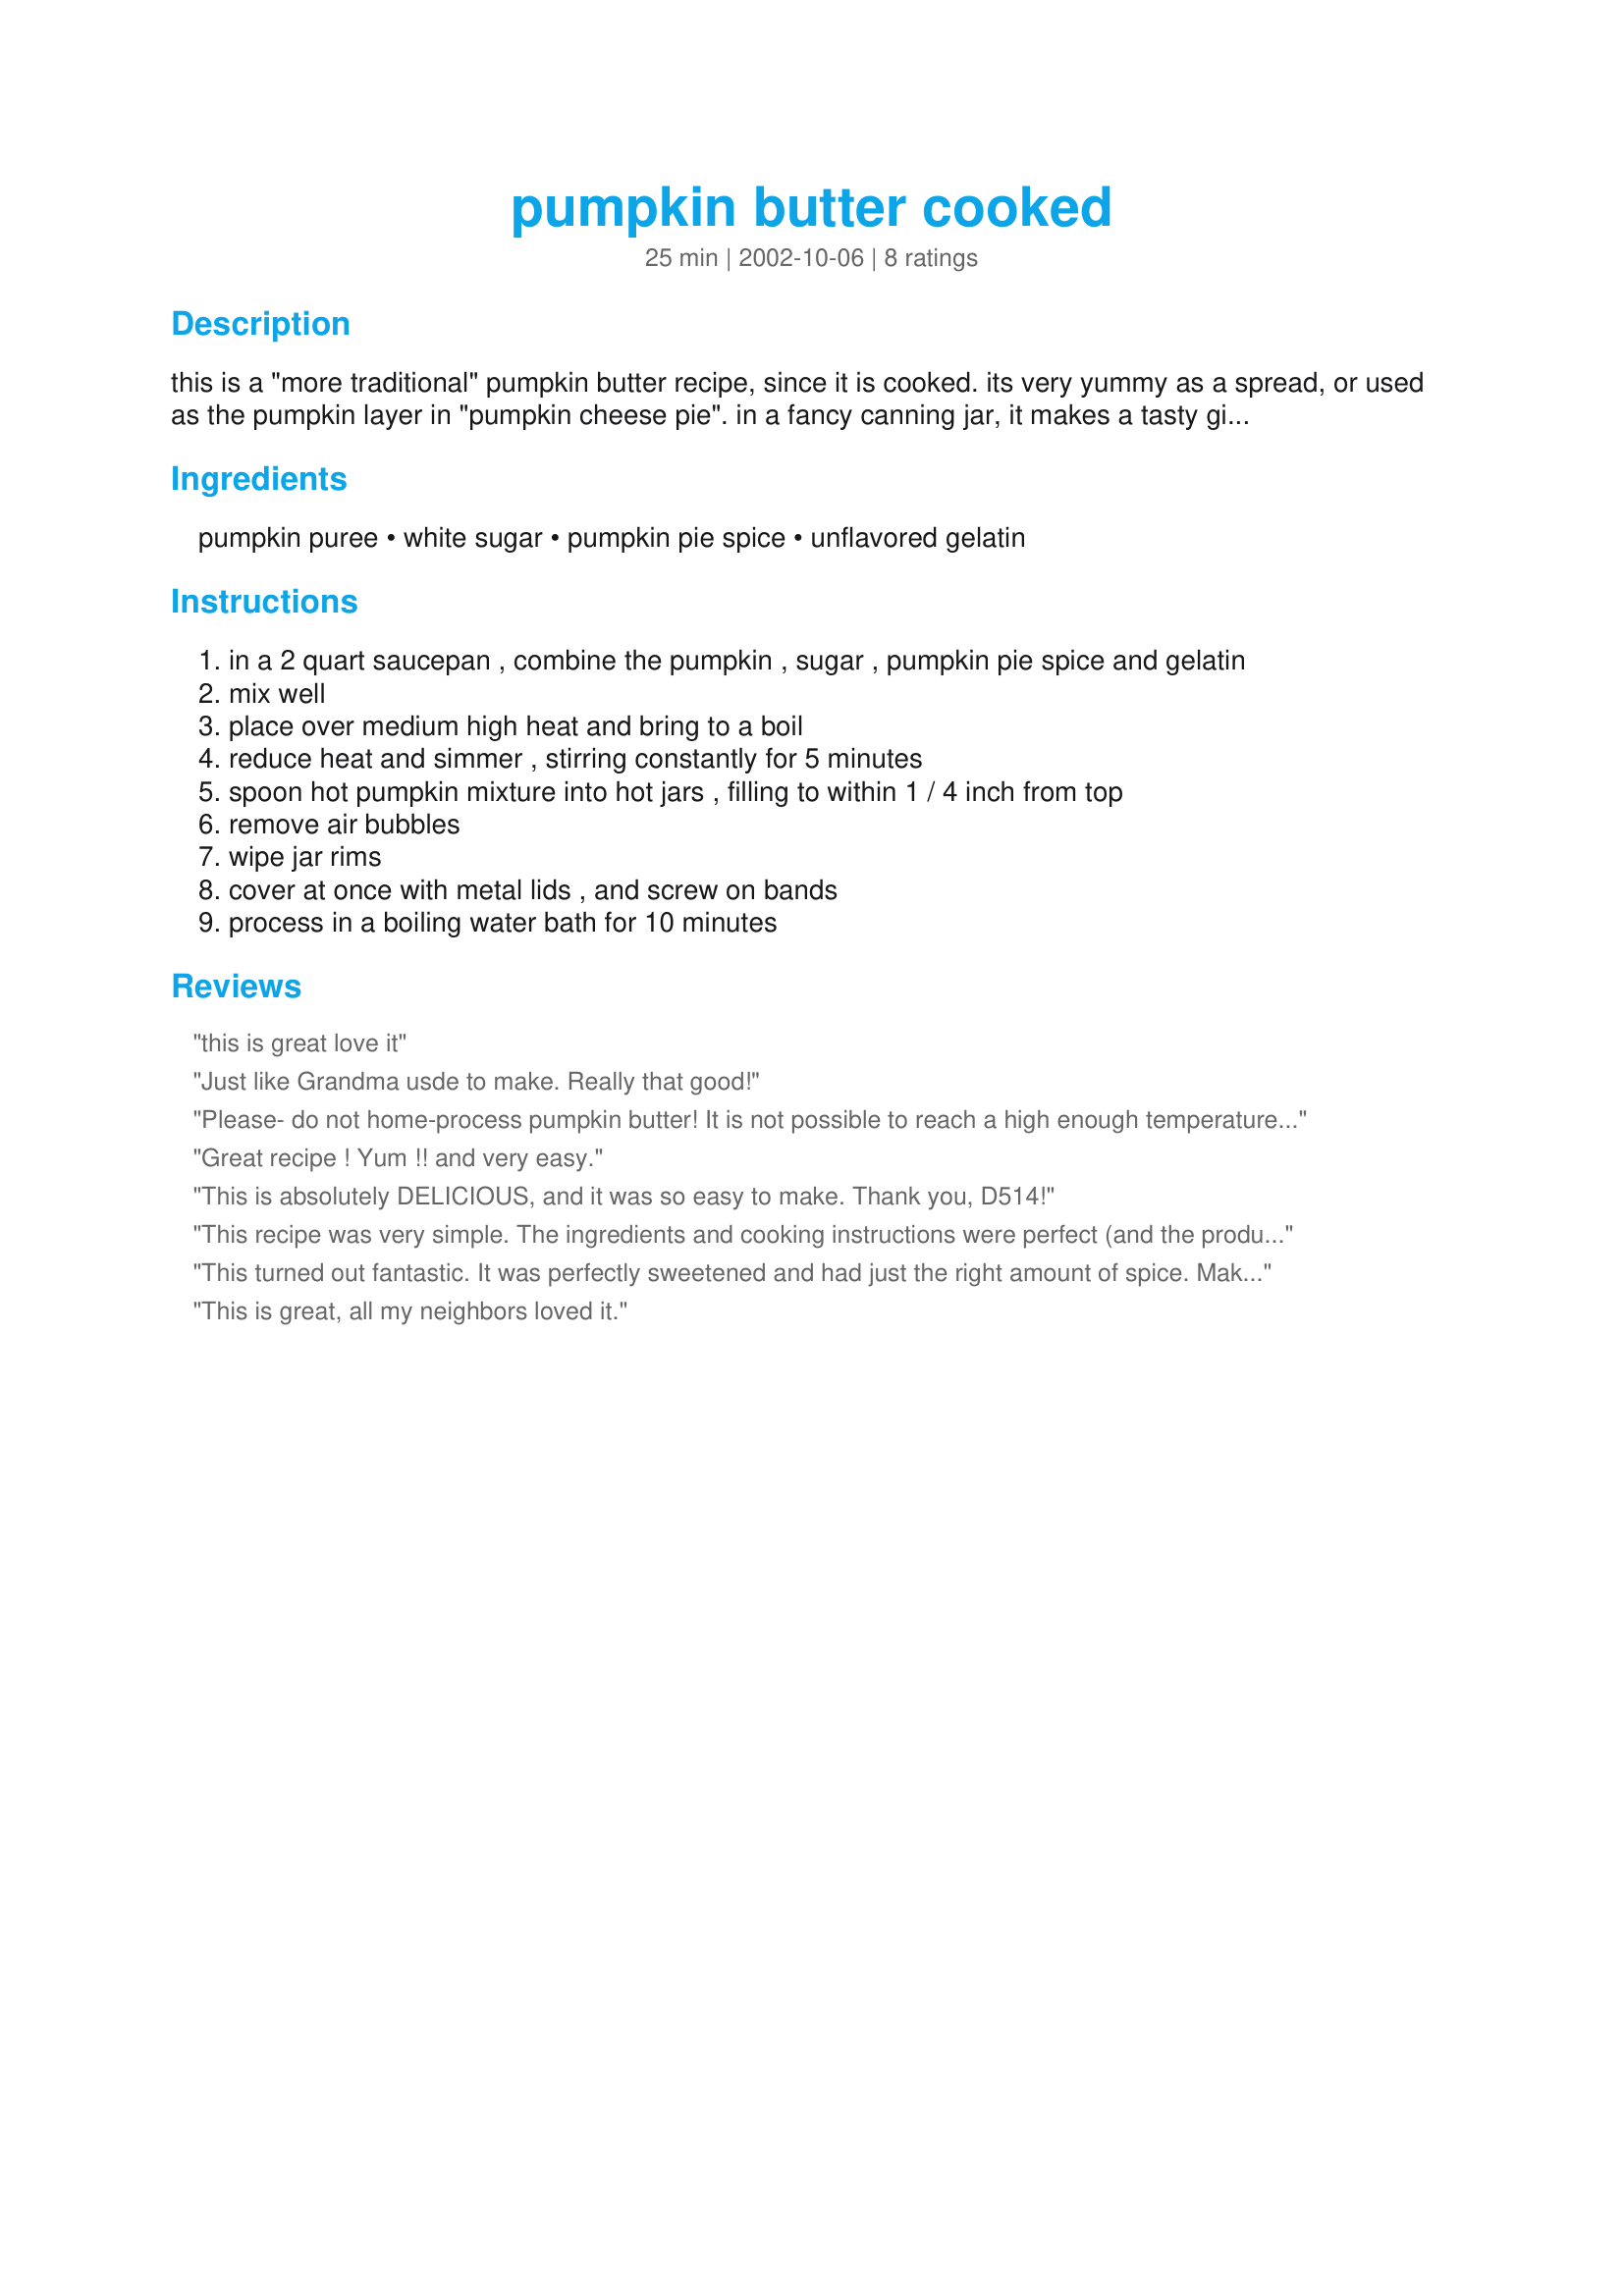
pumpkin butter cooked
Preparation time: 25 minutes

this is a "more traditional" pumpkin butter recipe, since it is cooked. its very yummy as a spread, or used as the pumpkin layer in "pumpkin cheese pie". in a fancy canning jar, it makes a tasty gift. (cook time includes 10 minute water bath.) you can use libby's "solid pack" canned pumpkin, or your own homemade pumpkin puree for this recipe. recipe posted on oct.2, 2002

http://www.fcs.uga.edu/pubs/current/fdns-e-p.html

fyi - note: it is true that previous usda recommendations had directions for canning mashed winter squash, but usda withdrew those recommendations. any publications preceding the complete guide to home canning (september 1994 revision) are considered out of date.
(fyi posted on may 21, 2008)

Ingredients:
pumpkin puree, white sugar, pumpkin pie spice, unflavored gelatin

Steps:
in a 2 quart saucepan , combine the pumpkin , sugar , pumpkin pie spice and gelatin
mix well
place over medium high heat and bring to a boil
reduce heat and simmer , stirring constantly for 5 minutes
spoon hot pumpkin mixture into hot jars , filling to within 1 / 4 inch from top
remove air bubbles
wipe jar rims
cover at once with metal lids , and screw on bands
process in a boiling water bath for 10 minutes

Reviews:
this is great love it
Just like Grandma usde to make. Really that good!
Please- do not home-process pumpkin butter! It is not possible to reach a high enough temperature to kill all botulism spores by using either a water bath or a pressure canner. The only safe method of canning pumpkin is in chunks, with a long processing time in a pressure canner. Be careful!
Great recipe ! Yum !! and very easy.
This is absolutely DELICIOUS, and it was so easy to make. Thank you, D514!
This recipe was very simple. The ingredients and cooking instructions were perfect (and the product was delicious)!
This turned out fantastic. It was perfectly sweetened and had just the right amount of spice. Making it was easy, canning was a bit of a pain. If you plan on eating it yourself, I would consider using the freeze-canning method. I made 3 batches and it only took about 3 hours, though, so that's not too bad. I'll be making this again and again. Thanks!
This is great, all my neighbors loved it.
